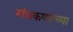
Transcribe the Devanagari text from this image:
गंधकणांच्या